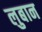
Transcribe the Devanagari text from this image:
लुबान